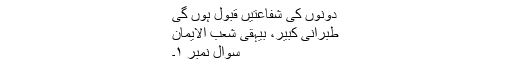
دونوں کی شفاعتیں قبول ہوں گی
طبرانی کبیر، بیہقی شعب الایمان
سوال نمبر ۱۔